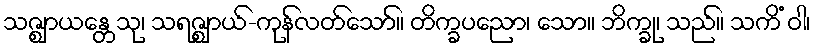
သဇ္ဈာယန္တေသု၊ သရဇ္ဈာယ်-ကုန်လတ်သော်။ တိက္ခပညော၊ သော။ ဘိက္ခု၊ သည်။ သကိံ ဝါ၊